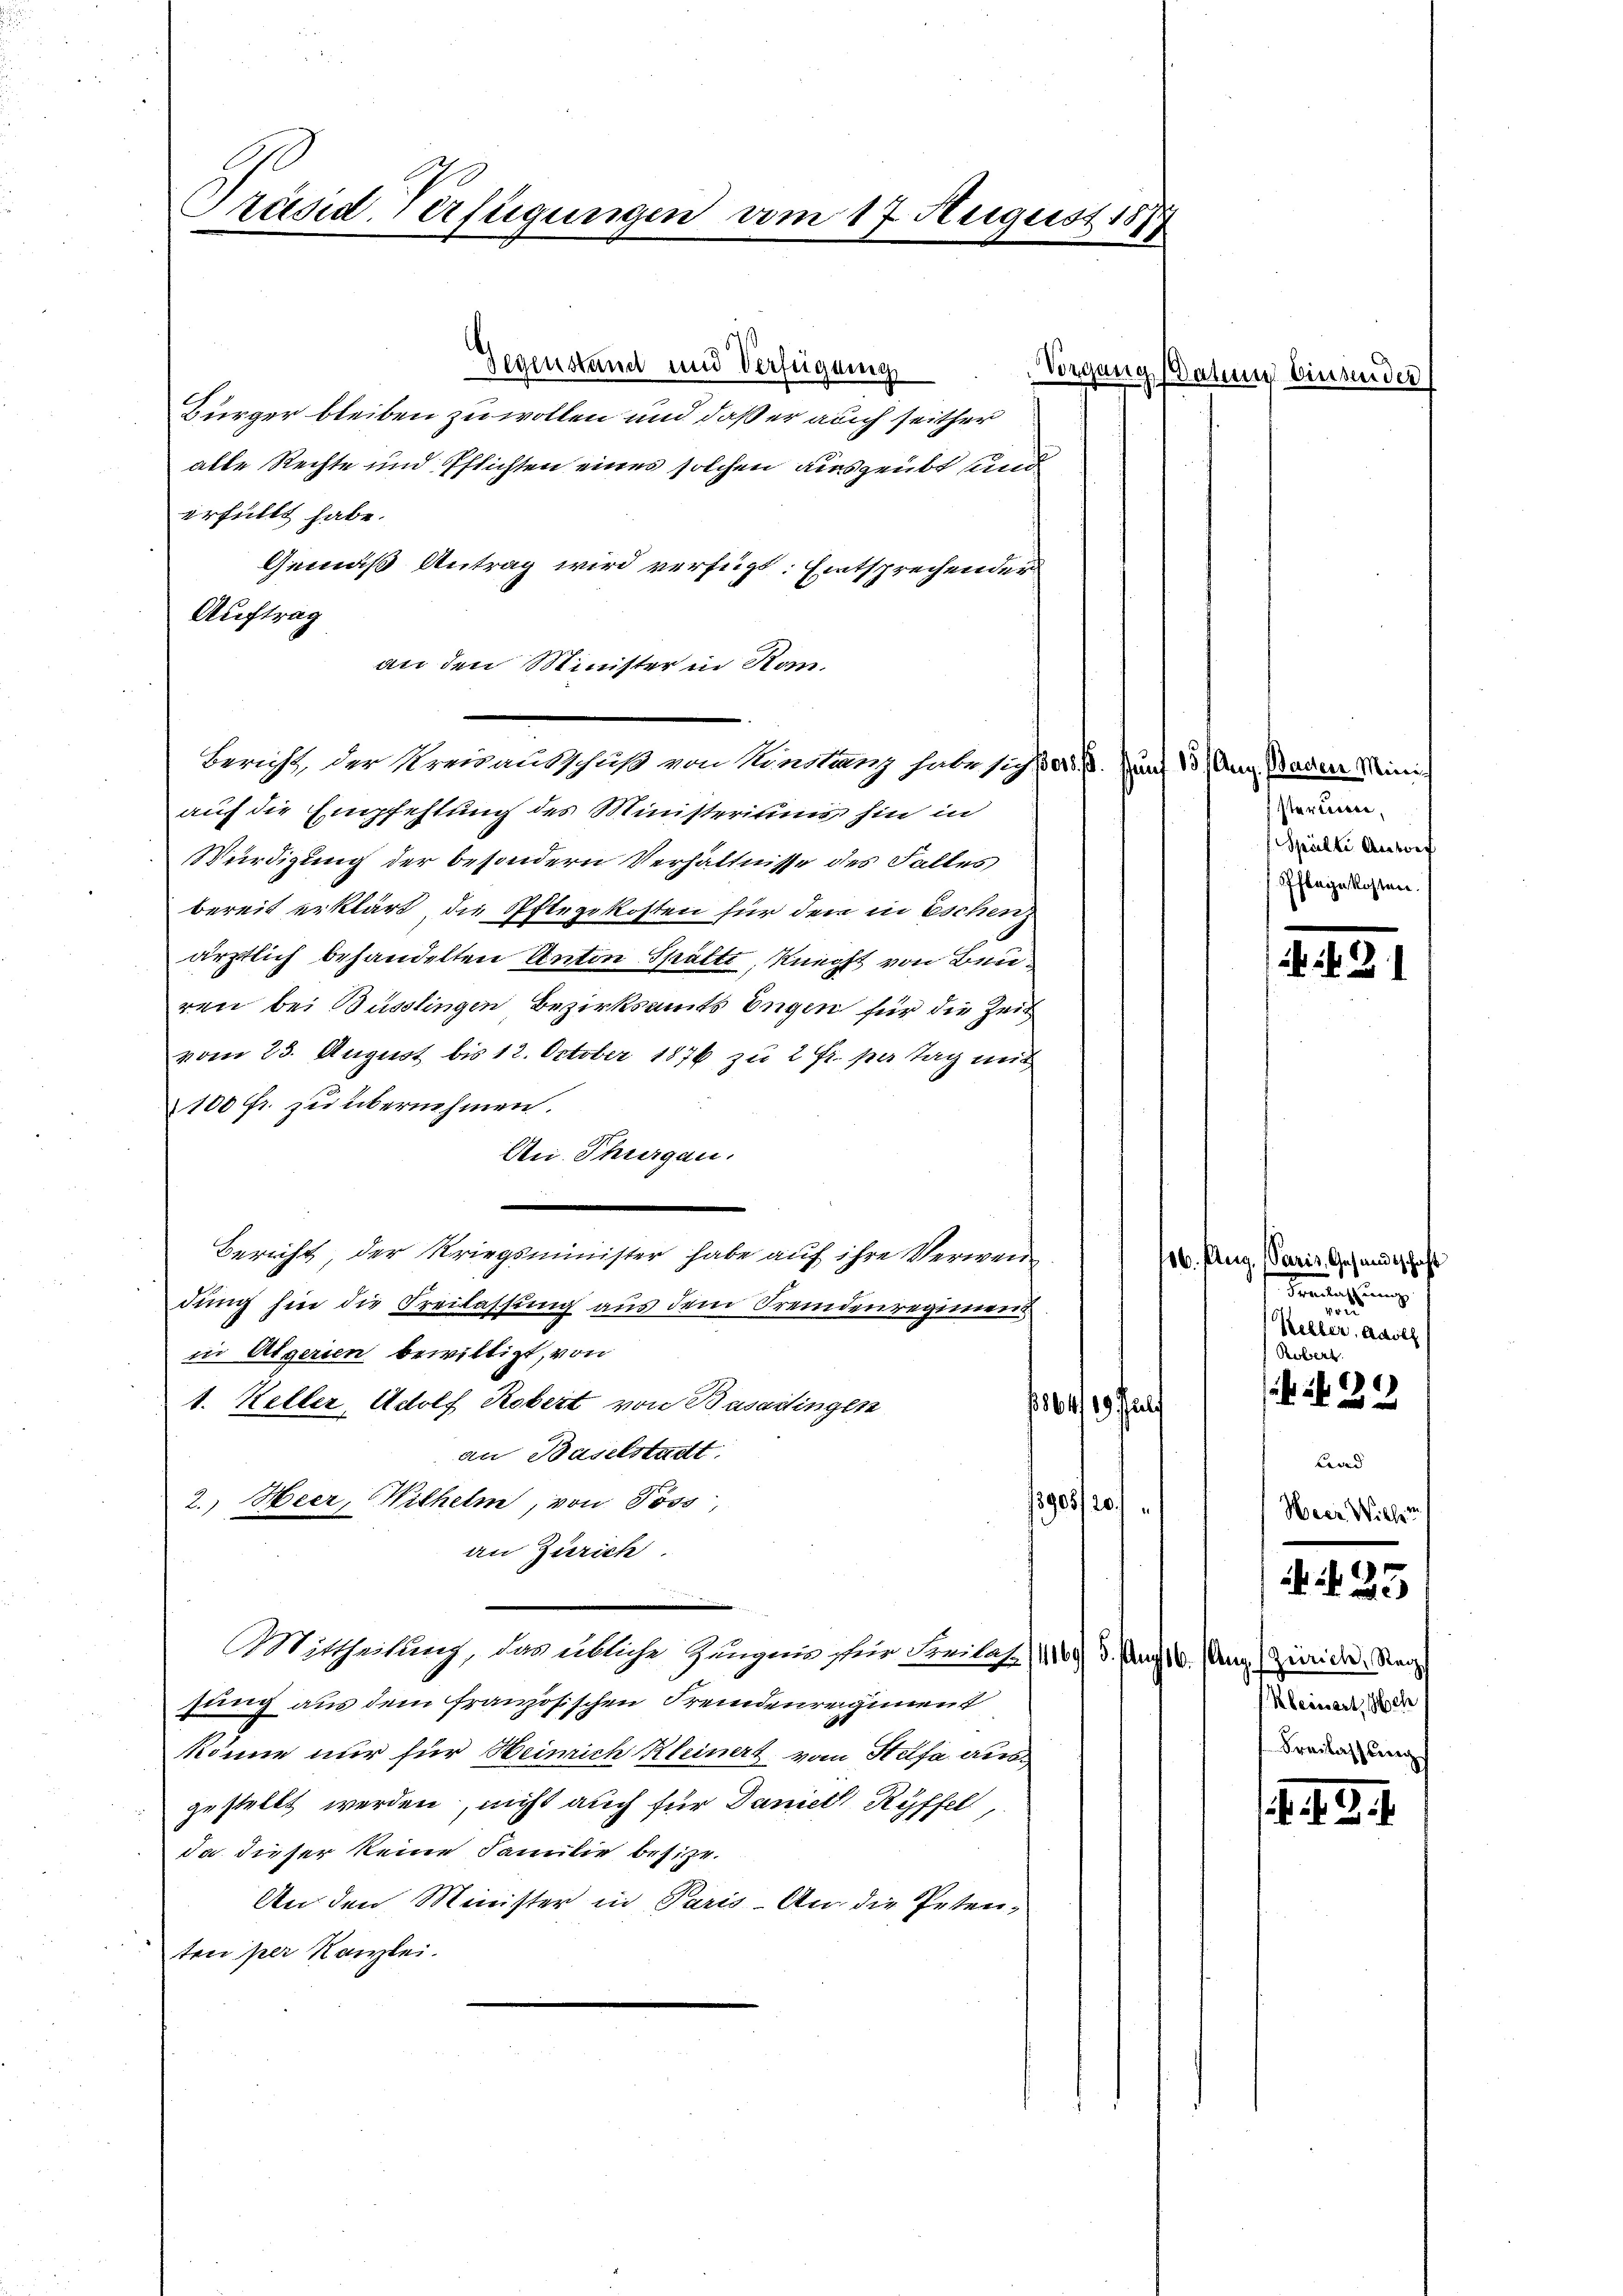
Präsid. Verfügungen am 17. August 187

Gegenstand und Verfügung
Bürger bleiben zu wollen und daß er auch seither
alle Rechte und Pflichten eines solchen ausgeübt und
erfüllt habe.
Gemäß Antrag wird verfügt: Entsprechender
Auftrag
an den Minister in Kanauf die Empfehlung des Ministeriums hin in
Würdigung der besondern Verhältnisse des Falles
bereit erklärt, die Pflegekosten für dem in Eschen
ärztlich behandelten Anton Spätti, Knecht von Beiren bei Büsslingen Bezirksamts Engen für die Zeit
vom 23. August bis 12. October 1876 zu 2 Fr. per Tag mit
100 fr. zu übernehmen.
Ai. Thurgau.
Bericht der Kriegsminister habe auf ihre Verwendung hin die Freilassung aus dem Fremdenregiment
in Algerien bewilligt, von
1. Keller, Adolf Robert von Busartingen
1641 ff
an Baselstadt.
2. Heer, Wilhelm, von Poss,
1908/20
an Zürich.
n
Mittheilung, das übliche Zungen für Freilas/1169), 3. Mayt 6. Ung. (Zürich, Reg
jung aus dem französischen Fremdenregiment
könne nur für Heinrich Kleinert vom Helfe ausgestellt werden, nicht auch für Daniech Ryffel,
da dieser keine Familie besitzt.
An den Minister in Paris. An die Petenten per Kanzlei.

Bericht, der Kreuausschuß von Konstanz habe sich ad 1. Junt 13 (Arg. Baden Mini

Vorgang Datum binsender

sterien.
Spielte Antoef
Pflegekosten.

if. 21

116. Aug. Paris, Gesandtschaft
Freitung
Veller, Adolf
Rossert.
6
 2 x

Land
Meer Willen

. N. 25

Kleinert, sch
Sreilassung

4.3.